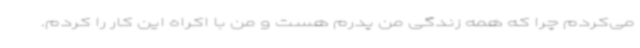
می‌کردم چرا که همه زندگی من پدرم هست و من با اکراه این کار را کردم.